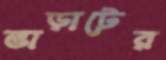
ভাড়াটের